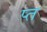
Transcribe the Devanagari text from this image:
प्त